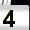
Digit: 4